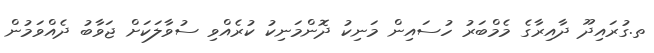
ތ.ގުރައިދޫ ދާއިރާގެ މެމްބަރު ހުސައިން މަނިކު ދޮންމަނިކު ކުރެއްވި ސުވާލަކަށް ޖަވާބު ދެއްވަމުން